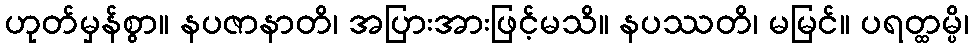
ဟုတ်မှန်စွာ။ နပဇာနာတိ၊ အပြားအားဖြင့်မသိ။ နပဿတိ၊ မမြင်။ ပရတ္ထမ္ပိ၊